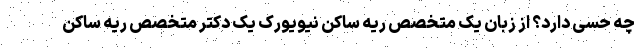
چه حسی دارد؟ از زبان یک متخصص ریه ساکن نیویورک یک دکتر متخصص ریه ساکن